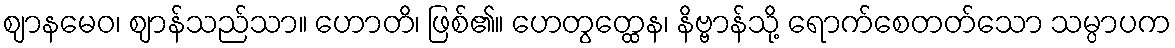
ဈာနမေဝ၊ ဈာန်သည်သာ။ ဟောတိ၊ ဖြစ်၏။ ဟေတွတ္ထေန၊ နိဗ္ဗာန်သို့ ရောက်စေတတ်သော သမ္ပာပက